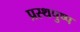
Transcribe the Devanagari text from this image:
प्रस्थपुष्प